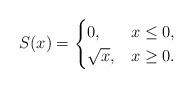
LaTeX: \begin{align*}S(x) = \begin{cases}0, & x \le 0, \\\sqrt{x}, & x \ge 0.\end{cases}\end{align*}